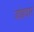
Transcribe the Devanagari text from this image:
जोड़दार